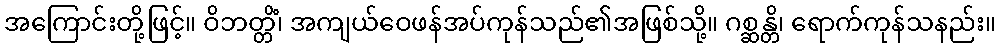
အကြောင်းတို့ဖြင့်။ ဝိဘတ္တိံ၊ အကျယ်ဝေဖန်အပ်ကုန်သည်၏အဖြစ်သို့။ ဂစ္ဆန္တိ၊ ရောက်ကုန်သနည်း။